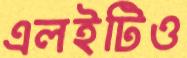
এলইটিও